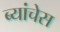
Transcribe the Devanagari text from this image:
ब्यांचेस